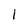
Character: 1